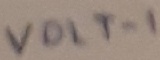
Text: VOLT-1